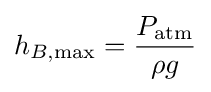
h_{B\mathrm {,max} }={P_{\mathrm {atm} } \over \rho g}